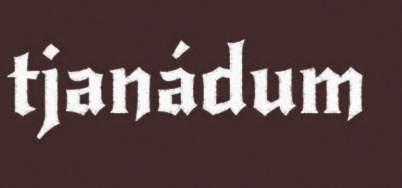
tjanádum